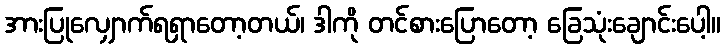
အားပြုလျှောက်ရရှာတော့တယ်၊ ဒါကို တင်စားပြောတော့ ခြေသုံးချောင်းပေါ့။